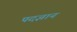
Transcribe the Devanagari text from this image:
पदज्ञान